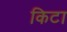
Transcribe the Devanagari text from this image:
किटा